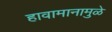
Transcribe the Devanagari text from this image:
हावामानामुळे